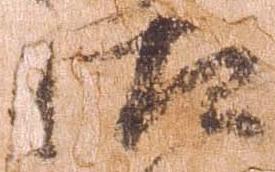
汰